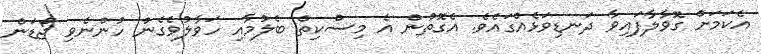
އެކަމަށް ގޮވާލާފައިވާ ދަނޑިވަޅެއްގައެވެ. އެގޮތުން އެ މިސްކިތް ބެލުމާއި ހަވާލުވެގެން ހުންނެވި ޖޯޑަން